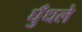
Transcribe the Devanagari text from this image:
घुँधले